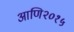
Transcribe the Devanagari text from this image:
आणि२०१५